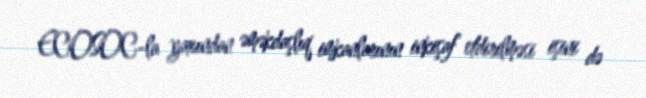
ECOSOC-la yaxından əməkdaşlıq imkanlarının inkişaf etdirilməsi işini də